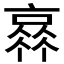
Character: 𠆂